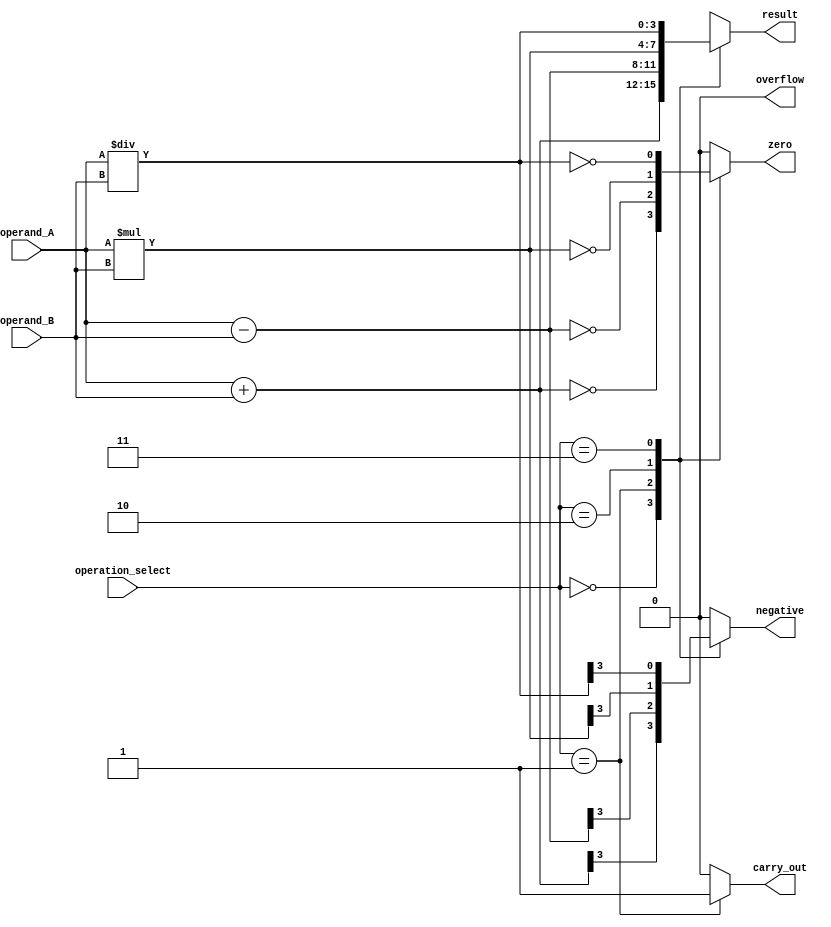
module ALU (
    input [3:0] operand_A,
    input [3:0] operand_B,
    input [2:0] operation_select,
    output reg [3:0] result,
    output reg carry_out,
    output reg overflow,
    output reg zero,
    output reg negative
);

always @(*) begin
    case(operation_select)
        3'b000: begin // addition
            result = operand_A + operand_B;
            if(result[4] == 1) carry_out = 1;
            else carry_out = 0;
            overflow = 0;
            zero = (result == 0);
            negative = result[3];
        end
        3'b001: begin // subtraction
            result = operand_A - operand_B;
            if(result[4] == 1) carry_out = 0;
            else carry_out = 1;
            overflow = 0;
            zero = (result == 0);
            negative = result[3];
        end
        3'b010: begin // multiplication
            result = operand_A * operand_B;
            carry_out = 0;
            overflow = 0;
            zero = (result == 0);
            negative = result[3];
        end
        3'b011: begin // division
            result = operand_A / operand_B;
            carry_out = 0;
            overflow = 0;
            zero = (result == 0);
            negative = result[3];
        end
        default: begin
            result = 4'bxxxx;
            carry_out = 0;
            overflow = 0;
            zero = 0;
            negative = 0;
        end
    endcase
end

endmodule